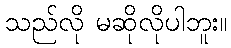
သည်လို မဆိုလိုပါဘူး။